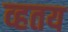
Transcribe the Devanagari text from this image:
व्हतय